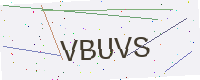
Text: VBUVS